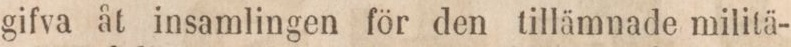
gifva åt insamlingen för den tillämnade militä-